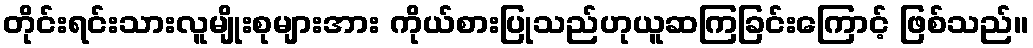
တိုင်းရင်းသားလူမျိုးစုများအား ကိုယ်စားပြုသည်ဟုယူဆကြခြင်းကြောင့် ဖြစ်သည်။